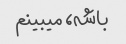
باشه، میبینم